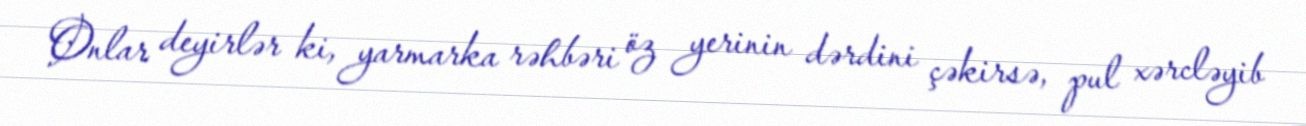
Onlar deyirlər ki, yarmarka rəhbəri öz yerinin dərdini çəkirsə, pul xərcləyib